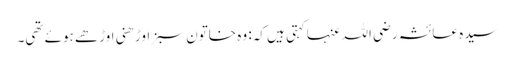
سیدہ عائشہ رضی اللہ عنہا کہتی ہیں کہ: وہ خاتون سبز اوڑھنی اوڑھے ہوئے تھی۔